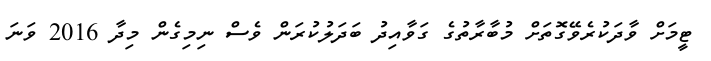
ޓީމަށް ވާދަކުރެވޭގޮތަށް މުބާރާތުގެ ގަވާއިދު ބަދަލުކުރަން ވެސް ނިމިގެން މިދާ 2016 ވަނަ